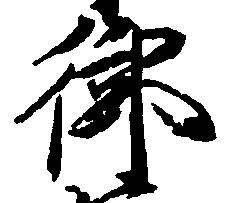
御